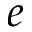
e